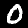
Digit: 0